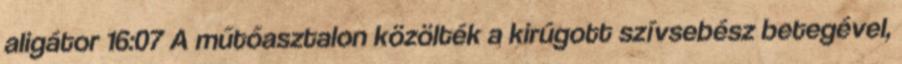
aligátor 16:07 A műtőasztalon közölték a kirúgott szívsebész betegével,